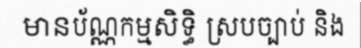
មានប័ណ្ណកម្មសិទ្ធិ ស្របច្បាប់ និង